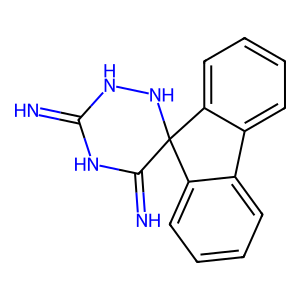
SMILES: N=C1NNC2(C(=N)N1)c1ccccc1-c1ccccc12
Inhibits HIV replication: No